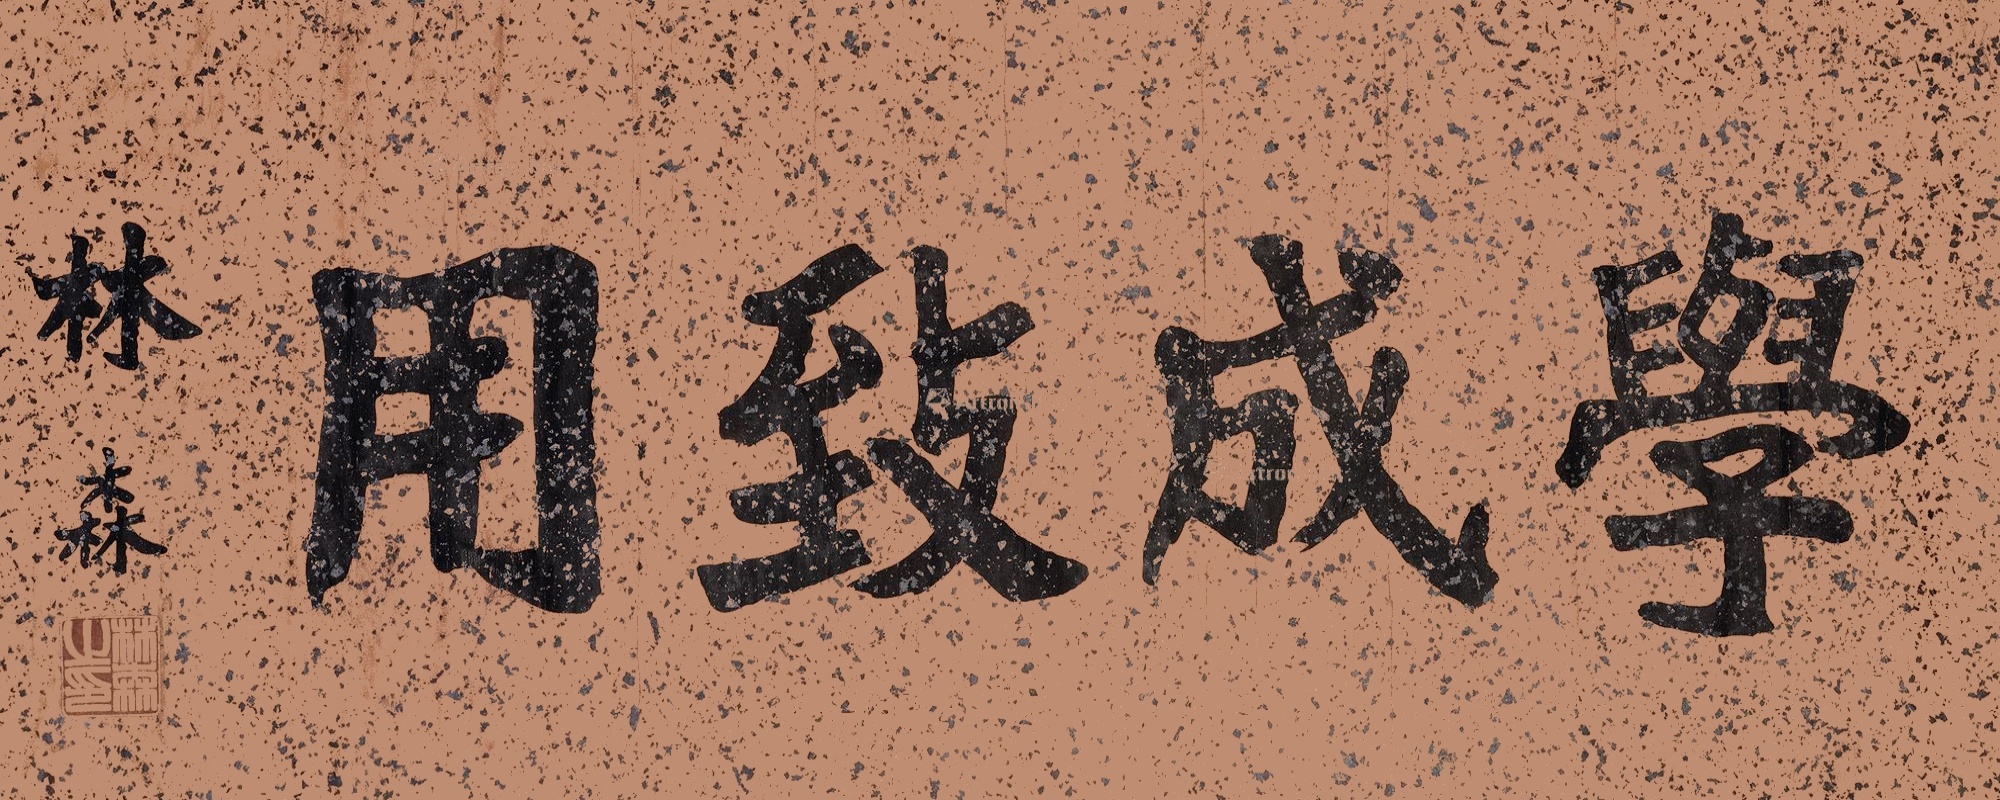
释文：学成致用林森。